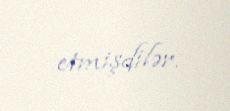
etmişdilər.